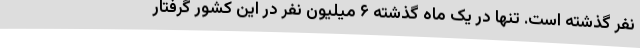
نفر گذشته است. تنها در یک ماه گذشته ۶ میلیون نفر در این کشور گرفتار